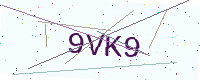
Text: 9VK9